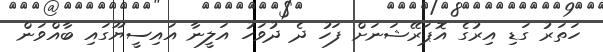
ހަތަރު ގަޑި އިރުގެ އޮޕަރޭޝަނަށް ފަހު ދެ ދުވަހު އަލީނާ އައިސީޔޫގައި ބާއްވަން